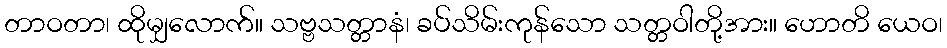
တာဝတာ၊ ထိုမျှလောက်။ သဗ္ဗသတ္တာနံ၊ ခပ်သိမ်းကုန်သော သတ္တဝါတို့အား။ ဟောတိ ယေဝ၊